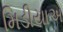
મિડીયાએ